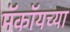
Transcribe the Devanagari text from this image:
मॅकॉयच्या